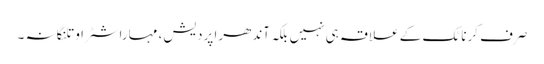
صرف کرناٹک کے علاقہ ہی نہیں بلکہ آندھرا پردیش، مہاراشٹرا و تلنگانہ ۔